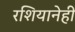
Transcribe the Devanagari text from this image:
रशियानेही